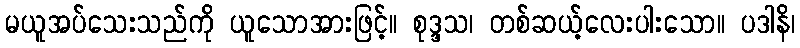
မယူအပ်သေးသည်ကို ယူသောအားဖြင့်။ စုဒ္ဒသ၊ တစ်ဆယ့်လေးပါးသော။ ပဒါနိ၊